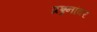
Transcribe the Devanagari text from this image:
प्रश्र्नांवर